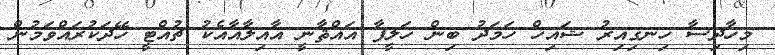
މިހާދިސާ ހިނގިއިރު ޝައިޚް ހަމަދު ބިން ޚަލީފާ އައްޘާނީ އާއިލާއާއެކު ޗުއްޓީ ހޭދަކުރައްވަމުން